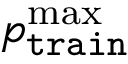
p _ { \mathtt { t r a i n } } ^ { \operatorname* { m a x } }